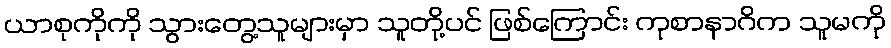
ယာစုကိုကို သွားတွေ့သူများမှာ သူတို့ပင် ဖြစ်ကြောင်း ကုစာနာဂိက သူမကို